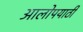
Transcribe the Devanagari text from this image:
आलोपयाठी